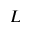
L